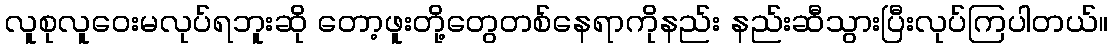
လူစုလူဝေးမလုပ်ရဘူးဆို တော့ဖူးတို့တွေတစ်နေရာကိုနည်း နည်းဆီသွားပြီးလုပ်ကြပါတယ်။